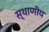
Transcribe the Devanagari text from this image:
स्थाणीय